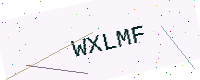
Text: WXLMF